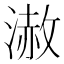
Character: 𣻪